Report on vaccination in Madras 1922-1929 - 1922-1929
Year: 1922
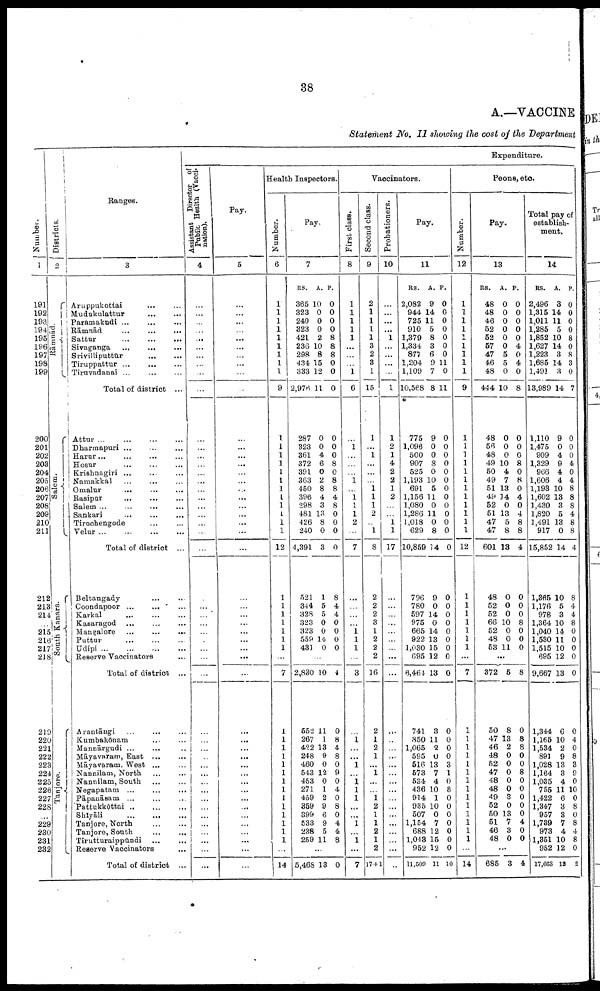
38
A.—VACCINE
Statement No. II showing the cost of the Department
Number.
1
191
192
193.
194
195
196
197
198
199
200
201
202
203
204
205
206
207
208
209
210
211
212
218
214
...
215
216
217
218
219
220
221
222
223
224
225
226
227
228
...
229
230
231
232
Districts.
2
Rāmnād
Salem.
South Kanara.
Tanjore.
Ranges.
3
Aruppukottai ... ...
Mudukulattur ... ...
Paramakudi ... ... ...
Rāmnād ... ... ...
Sattur
...
...
...
Sivaganga ... ... ...
Srivilliputtūr
...
...
Tiruppattur ... ... ...
Tiruvadanai ... ... ...
Total of district ...
Attur
...
...
...
Dharmapari ... ... ...
Harur ... ... ... ...
Hosur
...
...
...
Krishnagiri ... ... ...
Namakkal
...
... ...
Omalur
...
...
...
Rasipar
...
...
...
Salem ...
...
...
...
Sankari ... ... ...
Tiruchengode ... ...
Velur ... ... ... ...
Total of district ...
Beltangady ... ...
Coondapoor ... ... ...
Karkal ... ... ...
Kasaragod ... ... ...
Mangalore ...
...
... ...
Puttur
...
...
...
Udipi
...
...
...
...
Reserve Vaccinators ...
Total of district ...
Arantāngi ... ... ...
Kumbakōnam ... ... ...
Mannārgudi ... ... ...
Māyavaram, East
...
...
Māyavaram, West ... ...
Nannilam, North ... ...
Nannilam, South ... ...
Negapatam ...
...
...
Pāpanāsam ... ... ...
Pattukkōttai ... ... ...
Shīyāli ... ... ...
Tanjore, North
...
...
Tanjore, South
...
...
Tirutturaippūndi ... ...
Reserve Vaccinators ...
Total of district ...
Expenditure.
Assistant Director of
Pubilc Health (Vacci¬
nation).
4
...
...
...
...
...
...
...
...
...
...
...
...
...
...
...
...
...
...
...
...
...
...
...
...
...
...
...
...
...
...
...
...
...
...
...
...
...
...
...
...
...
...
...
...
...
...
...
...
Pay.
5
...
...
...
...
...
...
...
...
...
...
...
...
...
...
...
...
...
...
...
...
...
...
...
...
...
...
...
...
...
...
...
...
...
...
...
...
...
...
...
...
...
...
...
...
...
...
...
...
Health Inspectors.
Number.
6
1
1
1
1
1
1
1
1
1
9
1
1
1
1
1
1
1
1
1
1
1
1
12
1
1
1
1
1
1
1
1
7
1
1
1
1
1
1
1
1
1
1
1
1
1
1
...
14
Pay.
7
RS.
365
323
240
323
421
236
298
434
333
2,976
287
323
361
372
391
363
450
396
298
481
426
240
4,391
521
344
328
323
323
559
431
A.
10
0
0
0
2
10
8
15
12
11
0
0
4
6
0
2
8
4
3
13
8
0
3
1
5
5
0
0
14
0
P.
0
0
0
0
8
8
8
0
0
0
0
0
0
8
0
8
8
4
8
0
0
0
0
8
4
4
0
0
0
0
...
2,830
552
267
422
248
460
543
453
271
459
359
399
533
238
259
10
11
1
13
9
0
12
0
1
2
9
6
9
5
11
4
0
8
4
8
0
9
0
4
0
8
0
4
4
8
...
5,468 13 0
Vaccinators.
First class.
8
1
1
1
1
1
...
...
...
1
6
...
1
...
...
...
1
...
1 1
1
2
...
7
...
...
...
...
1 1
1
1
3
...
1
...
...
1
...
1
1
1
...
...
1
...
1
...
7
Second class.
9
2
1
1
1
1
3
2
3
1
15
1
...
1
...
...
1 1
1
2
...
1
8
2
2
2
3
1
2
2
2
16
2
1
2
1
...
1
...
...
1
2
1
1
2
1
2
17+1
Probationers.
10
...
...
...
...
1
...
...
...
...
1
1
2
1
4
2
2
1
2
...
...
1
1
17
...
...
...
...
...
...
...
...
...
7
...
...
....
...
...
...
...
...
...
...
...
...
...
...
...
Pay.
11
RS.
2,082
944
725
910
1,379
1,334
877
1,204
1,109
10,568
775
1,096
500
907
525
1,193
691
1,156
1,080
1,286
1,018
629
10,859
796
780
597
975
665
922
1,030
695
6,461
741
850
1,065
595
516
573
534
436
914
935
507
1,154
688
1,043
952
11,500
A.
9
14
11
5
8
3
6
9
7
8
9
0
0
8
0
10
5
11
0
11
0
8
14
9
0
14
0
14
13
15
12
13
3
11
2
0
13
7
4
10
1
10
0
7
12
15
12
11
P.
0
0
0
0
0
0
0
11
0
11
0
0
0
0
0
0
0
0
0
0
0
0
0
0
0
0
0
0
0
0
0
0
0
0
0
0
3
1
0
6
0
0
0
0
0
0
0
10
Peons, etc.
Number.
12
1
1
1
1
1
1
1
1
1
9
1
1
1
1
1
1
1
1
1
1
1
1
12
1
1
1
1
1
1
1
...
7
1
1
1
1
1
1
1
1
1
1
1
1
1
1
1
14
Pay.
13
RS.
48
48
46
52
62
67
47
46
48
444
48
56
48
49
50
49
51
49
52
51
47
47
601
48
52
52
66
52
48
53
A.
0
0
0
0
0
0
5
5
0
10
0
0
0
10
4
7
13
14
0
13
5
8
13
0
0
0
10
0
0
11
P.
0
0
0
0
0
4
0
4
0
8
0
0
0
8
0
8
0
4
0
4
8
8
4
0
0
0
8
0
0
0
...
372
50
47
46
48
52
47
48
48
49
52
50
51
46
48
5
8
13
2
0
0
0
0
0
3
0
13
7
3
0
8
0
8
8
0
0
8
0
0
0
0
0
4
0
0
...
685 3 4
Total pay of
establish
ment.
14
RS.
2,496
1,315
1,011
1,285
1,852
1,627
1,223
1,685
1,491
13,989
1,110
1,475
909
1,329
966
1,606
1,193
1,602
1,430
1,820
1,491
917
15,852
1,365
1,176
978
1,364
1,040
1,530
1,515
695
9,667
1,344
1,165
1,534
891
1,028
1,164
1,035
755
1,422
1,347
957
1,739
973
1,351
952
17,663
A.
3
14
11
5
10
14
3
14
3
14
9
0
4
9
4
4
10
13
3
5
13
0
14
10
5
3
10
14
11
10
12
13
6
10
2
9
13
3
4
11
6
3
3
7
4
10
12
13
P.
0
0
0
0...
8
0
8
3
0
7
0
0
0
4
0
4
8
8
8
4
8
8
4
8
4
4
8
0
0
0
0
0
0
4
0
8
3
9
0
10
0
8
0
8
4
8
0
2